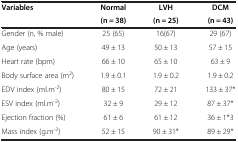
| <ROWSPAN=2> Variables | Normal | LVH | DCM |
 | (n = 38) | (n = 25) | (n = 43) |
 | --- | --- | --- | --- |
 | Gender (n, % male) | 25 (65) | 16(67) | 29 (67) |
 | Age (years) | 49 ± 13 | 50 ± 13 | 57 ± 15 |
 | Heart rate (bpm) | 66 ± 10 | 65 ± 10 | 63 ± 9 |
 | Body surface area (m2) | 1.9 ± 0.1 | 1.9 ± 0.2 | 1.9 ± 0.2 |
 | EDV index (ml.m-2) | 80 ± 15 | 72 ± 21 | 133 ± 37* |
 | ESV index (ml.m-2) | 32 ± 9 | 29 ± 12 | 87 ± 37* |
 | Ejection fraction (%) | 61 ± 6 | 61 ± 12 | 36 ± 1*3 |
 | Mass index (g.m-2) | 52 ± 15 | 90 ± 31* | 89 ± 29* |